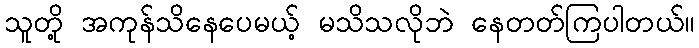
သူတို့ အကုန်သိနေပေမယ့် မသိသလိုဘဲ နေတတ်ကြပါတယ်။